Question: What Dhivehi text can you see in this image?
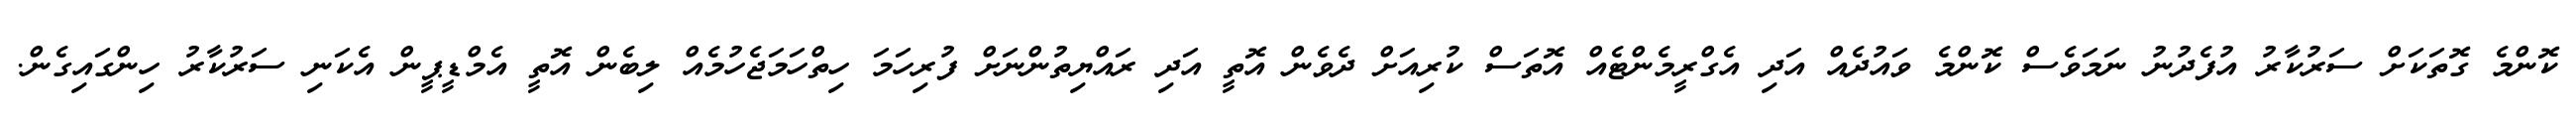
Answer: ކޮންމެ ގޮތަކަށް ސަރުކާރު އުފެދުނު ނަމަވެސް ކޮންމެ ވައުދެއް އަދި އެގްރީމެންޓެއް އޮތަސް ކުރިއަށް ދެވެން އޮތީ އަދި ރައްޔިތުންނަށް ފުރިހަމަ ހިތްހަމަޖެހުމެއް ލިބެން އޮތީ އެމްޑީޕީން އެކަނި ސަރުކާރު ހިންގައިގެން.